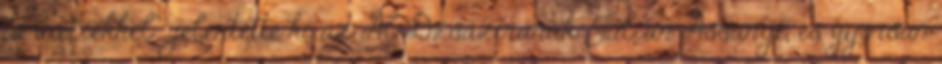
izraeliekkel", jelentette ki az Ál-Dzsázírának Julian Assange, és gyorsan